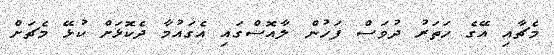
މެޗާއި އޭގެ ހަތަރު ދުވަސް ފަހުން ލާއޮސްގައި އެގައުމާ ދެކޮޅަށް ކުޅޭ މެޗަށް